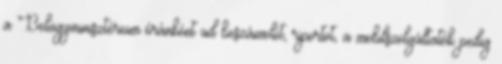
a Belügyminisztérium óránként ad beszámolót, riportot, a mobilszolgáltatók pedig